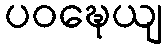
ပဝဍ္ဎေယျ